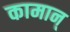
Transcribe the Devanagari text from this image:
कामान्